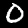
Digit: 0